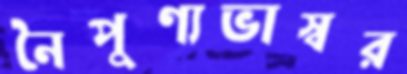
নৈপুণ্যভাস্বর